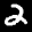
Label: 2